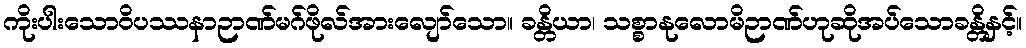
ကိုးပါးသောဝိပဿနာဉာဏ်မဂ်ဖိုလ်အားလျော်သော။ ခန္တိယာ၊ သစ္စာနုလောမိဉာဏ်ဟုဆိုအပ်သောခန္တိနှင့်။